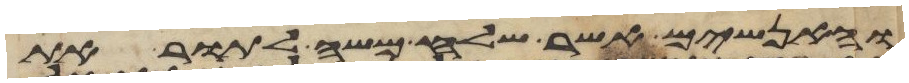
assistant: והאנשים אשר שלח משה לתור את